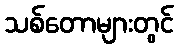
သစ်တောများတွင်